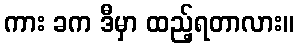
ကား ခက ဒီမှာ ထည့်ရတာလား။